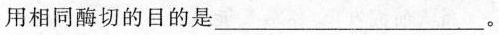
用相同酶切的目的是___。